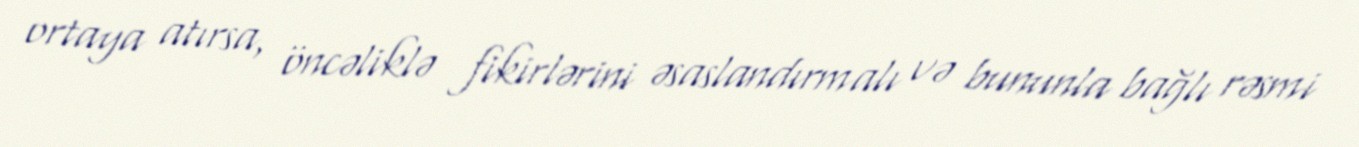
ortaya atırsa, öncəliklə fikirlərini əsaslandırmalı və bununla bağlı rəsmi